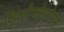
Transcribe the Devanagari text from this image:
डिलोफोसोरस